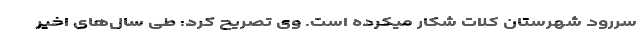
سررود شهرستان کلات شکار میکرده است. وی تصریح کرد: طی سال‌های اخیر